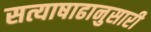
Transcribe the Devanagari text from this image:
सत्याषाढानुसारी